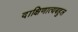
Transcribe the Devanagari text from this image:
दाक्षिणात्यबहुल